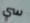
سي